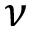
\nu